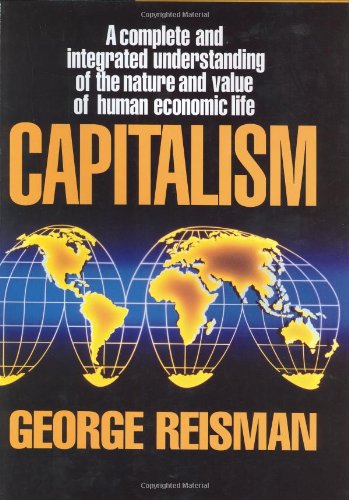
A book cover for Capitalism: A Treatise on Economics; George Reisman; Business & Money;